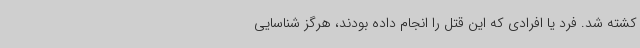
کشته شد. فرد یا افرادی که این قتل را انجام داده بودند، هرگز شناسایی